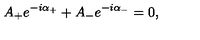
A _ { + } e ^ { - i \alpha _ { + } } + A _ { - } e ^ { - i \alpha _ { - } } = 0 ,